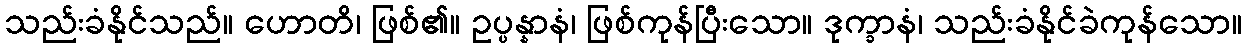
သည်းခံနိုင်သည်။ ဟောတိ၊ ဖြစ်၏။ ဥပ္ပန္နာနံ၊ ဖြစ်ကုန်ပြီးသော။ ဒုက္ခာနံ၊ သည်းခံနိုင်ခဲကုန်သော။